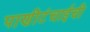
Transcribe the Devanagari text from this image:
पाणीटंचाईची